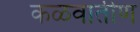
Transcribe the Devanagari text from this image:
कळवातीण